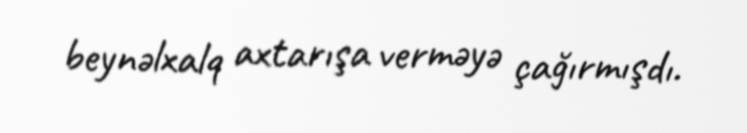
beynəlxalq axtarışa verməyə çağırmışdı.